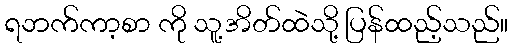
ရဘက်ကာ့စာ ကို သူ့အိတ်ထဲသို့ ပြန်ထည့်သည်။